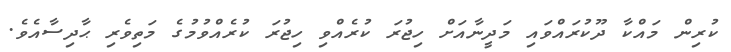
ކުރިން މައްކާ ދޫކުރައްވައި މަދީނާއަށް ހިޖުރަ ކުރެއްވި ހިޖުރަ ކުރެއްވުމުގެ މަތިވެރި ޙާދިސާއެވެ.